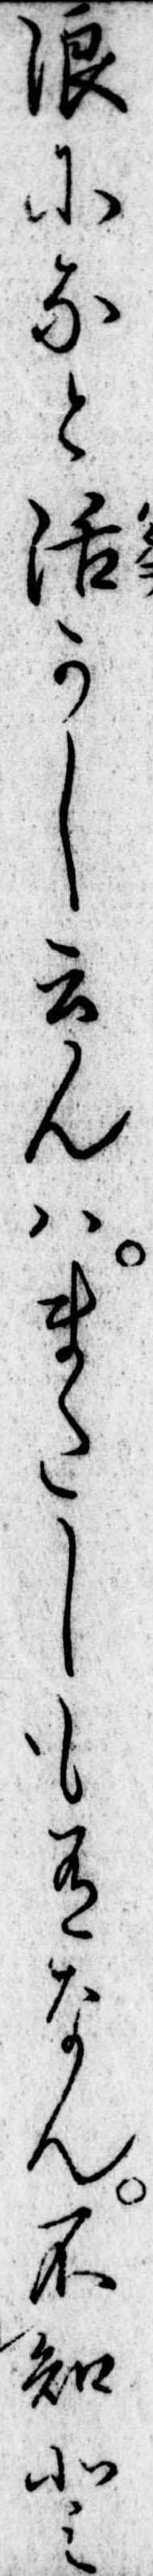
浪になと活かし云んはまたしも有なん不知と